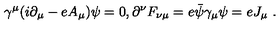
\gamma ^ { \mu } ( i \partial _ { \mu } - e A _ { \mu } ) \psi = 0 , \partial ^ { \nu } F _ { \nu \mu } = e \bar { \psi } \gamma _ { \mu } \psi = e J _ { \mu } \ .